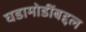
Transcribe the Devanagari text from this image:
घडामोडींबद्दल